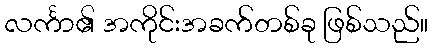
လင်္ကာ၏ အကိုင်းအခက်တစ်ခု ဖြစ်သည်။